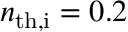
n _ { \mathrm { t h , i } } = 0 . 2